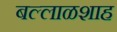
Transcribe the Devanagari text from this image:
बल्लाळशाह